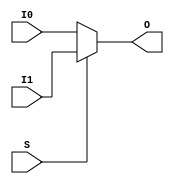
`timescale  1 ps / 1 ps

module MUXF8 (O, I0, I1, S);

    output O;
    reg    O;

    input  I0, I1, S;

	always @(I0 or I1 or S) 
	    if (S)
		O = I1;
	    else
		O = I0;
endmodule